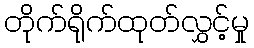
တိုက်ရိုက်ထုတ်လွှင့်မှု